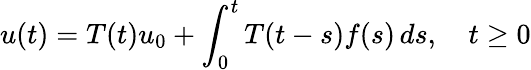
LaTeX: u(t)=T(t)u_{0}+\int_{0}^{t}T(t-s)f(s)\, ds,\quad t\geq 0